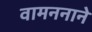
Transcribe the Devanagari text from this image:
वामननाने